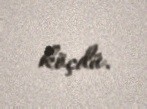
köçdü.